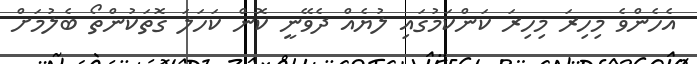
އެހެންވެ މިހިރަ މިހިރަ ކަންކަމުގައި ލުޔެއް ދެވޭނީ ކޮން ކަހަލަ ގޮތަކުންތޯ ބެލުމަށް